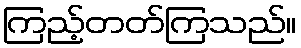
ကြည့်တတ်ကြသည်။